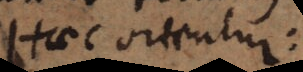
Haec orientur